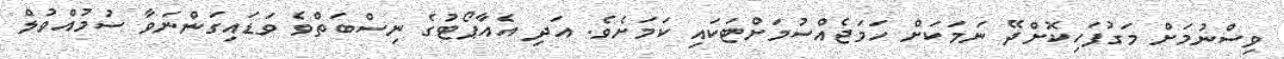
ވިސްނުމަށް މަގުފަހިކޮށްދޭ ނަމަކަށް ހަމަޖެއްސުމަށްޓަކައި ކަމަށެވެ. އަދި އެއާޕޯޓުގެ ނިސްބަތްވެ ވަޑައިގަންނަވާ ސުމުއްވުލް